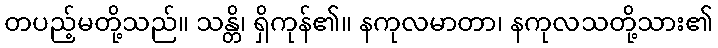
တပည့်မတို့သည်။ သန္တိ၊ ရှိကုန်၏။ နကုလမာတာ၊ နကုလသတို့သား၏